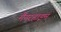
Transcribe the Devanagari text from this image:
मैनरहाइम